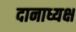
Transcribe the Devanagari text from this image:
दानाध्यक्ष